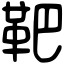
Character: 靶